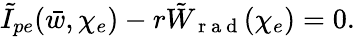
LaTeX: \tilde{I}_{pe}(\bar{w},\chi_{e})-r\tilde{W}_{\mathrm{~r~a~d~}}(\chi_{e})=0.